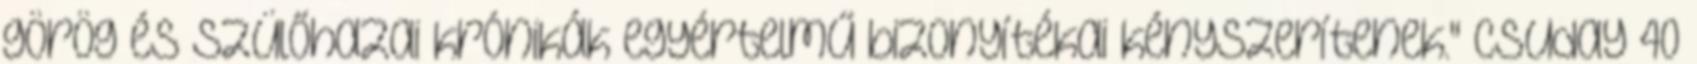
görög és szülőhazai krónikák egyértelmű bizonyítékai kényszerítenek." Csuday 40